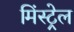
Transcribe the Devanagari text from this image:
मिंस्ट्रेल